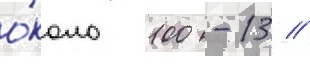
о́коло 100 -13 //